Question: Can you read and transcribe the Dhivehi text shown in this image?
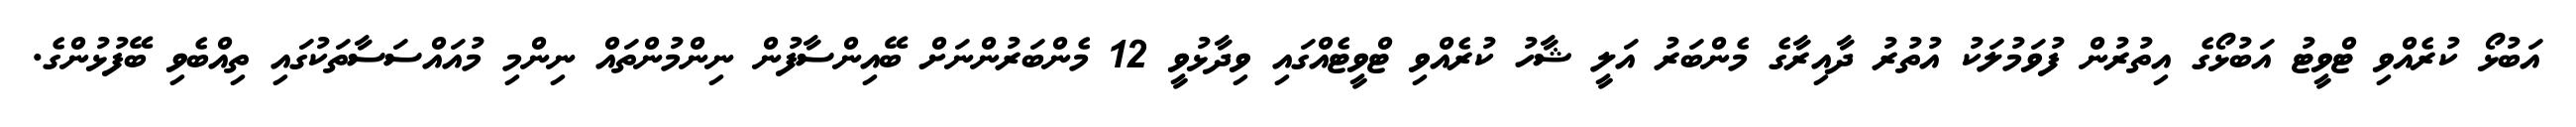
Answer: އަބުޅޯ ކުރެއްވި ޓްވީޓު އަބުޅޯގެ އިތުރުން ފުވަމުލަކު އުތުރު ދާއިރާގެ މެންބަރު އަލީ ޝާހު ކުރެއްވި ޓްވީޓެއްގައި ވިދާޅުވީ 12 މެންބަރުންނަށް ބޭއިންސާފުން ނިންމުންތައް ނިންމި މުއައްސަސާތަކުގައި ތިއްބެވި ބޭފުޅުންގެ.